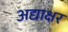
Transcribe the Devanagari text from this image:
अद्याक्षर